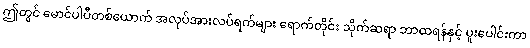
ဤတွင် မောင်ပါပီတစ်ယောက် အလုပ်အားလပ်ရက်များ ရောက်တိုင်း သိုက်ဆရာ ဘာထရန်နှင့် ပူးပေါင်းကာ